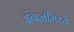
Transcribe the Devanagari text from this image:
इंग्रजीमध्‍ये